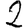
Digit: 2